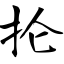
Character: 抡